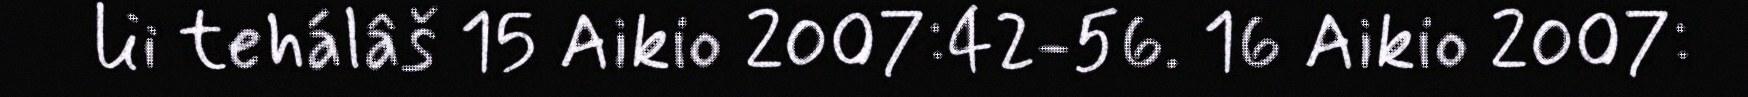
lii tehálâš 15 Aikio 2007:42-56. 16 Aikio 2007: